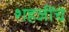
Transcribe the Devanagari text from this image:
शहजींचे